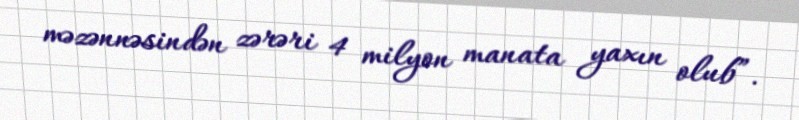
məzənnəsindən zərəri 4 milyon manata yaxın olub”.